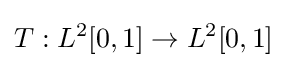
T:L^{2}[0,1]\to L^{2}[0,1]